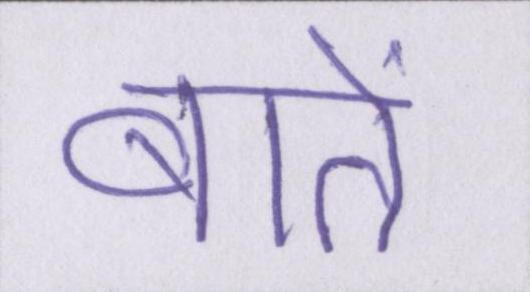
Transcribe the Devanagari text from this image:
बातें